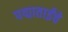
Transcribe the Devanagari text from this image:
पद्माताईंचे